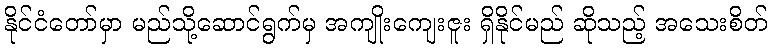
နိုင်ငံတော်မှာ မည်သို့ဆောင်ရွက်မှ အကျိုးကျေးဇူး ရှိနိုင်မည် ဆိုသည့် အသေးစိတ်